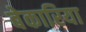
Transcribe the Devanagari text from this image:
बेकारिया